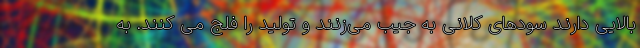
بالایی دارند سودهای کلانی به جیب می‌زنند و تولید را فلج می کنند. به